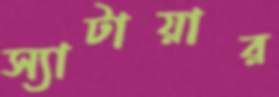
স্যাটায়ার